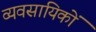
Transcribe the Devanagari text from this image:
व्यवसायिकों